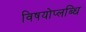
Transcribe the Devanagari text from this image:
विषयोप्लब्धि